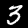
Label: 3